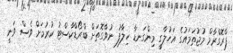
ޕްރޮގްރާމް މުޖުތަމައުގެ އަހުލާގީ މިންގަނޑާ ހިލާފު ނުވާގޮތަށް ބްރޯޑްކާސްޓު ކުރުމަށް ވެސް ވަނީ